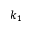
k _ { 1 }